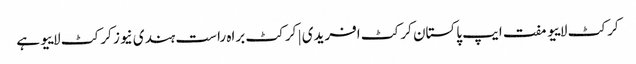
کرکٹ لاییو مفت ایپ پاکستان کرکٹ افریدی | کرکٹ براہ راست ہندی نیوز کرکٹ لاییو ہے